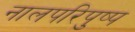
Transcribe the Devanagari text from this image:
नालपरिपुष्प